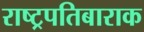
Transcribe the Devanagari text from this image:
राष्ट्रपतिबाराक